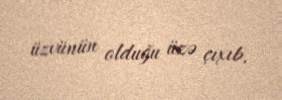
üzvünün olduğu üzə çıxıb.